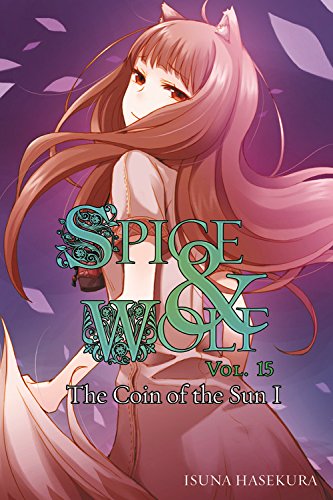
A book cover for Spice and Wolf, Vol. 15: The Coin of the Sun I; Isuna Hasekura; Science Fiction & Fantasy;